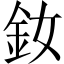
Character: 釹